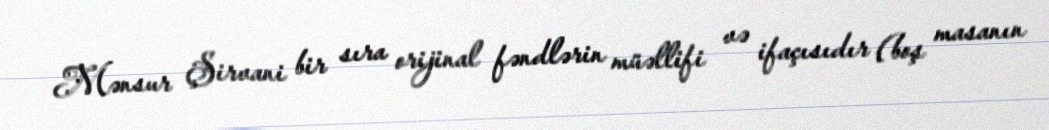
Mənsur Şirvani bir sıra orijinal fəndlərin müəllifi və ifaçısıdır (boş masanın